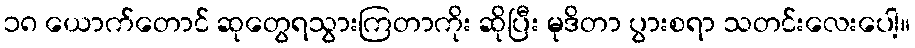
၁၈ ယောက်တောင် ဆုတွေရသွားကြတာကိုး ဆိုပြီး မုဒိတာ ပွားစရာ သတင်းလေးပေါ့။